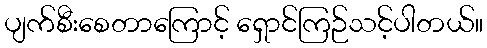
ပျက်စီးစေတာကြောင့် ရှောင်ကြဉ်သင့်ပါတယ်။